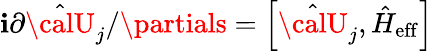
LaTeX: \mathbf{i}\partial\hat{{{\calU}}}_{j}/\partials=\left[\hat{{{\calU}}}_{j},\hat{{H}}_{\mathrm{{eff}}}\right]